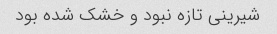
شیرینی تازه نبود و خشک شده بود